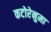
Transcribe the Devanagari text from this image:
कटोरेनुमा